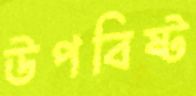
উপবিষ্ট